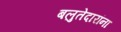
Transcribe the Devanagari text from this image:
बलुतेदारांना